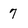
Character: 7